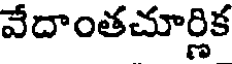
వేదాంతచూర్లిక